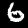
Digit: 6